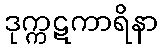
ဒုက္ကဋကာရိနာ